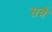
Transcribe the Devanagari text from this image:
सन्नै